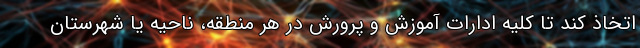
اتخاذ کند تا کلیه ادارات آموزش و پرورش در هر منطقه، ناحیه یا شهرستان